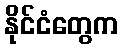
နိုင်ငံတွေက